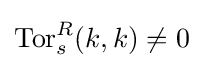
\operatorname {Tor} _{s}^{R}(k,k)\neq 0